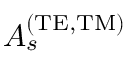
A _ { s } ^ { \mathrm { ( T E , T M ) } }